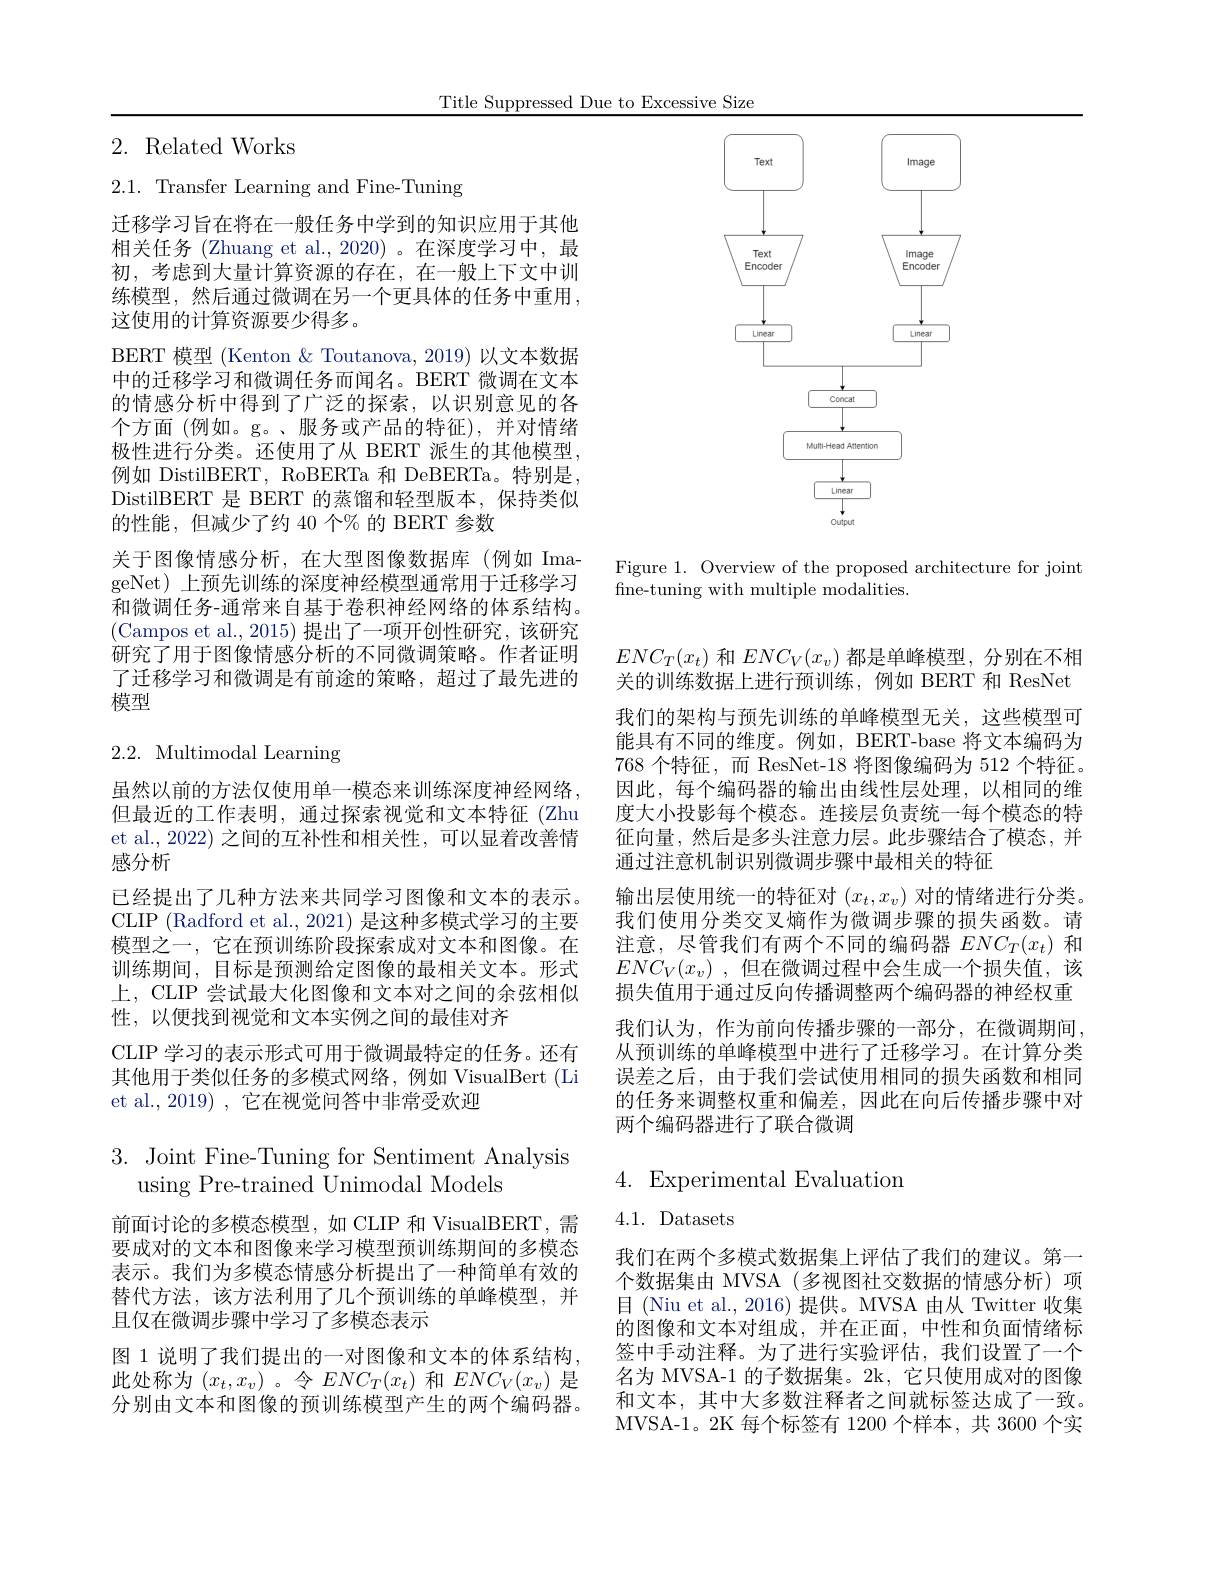
Title Suppressed Due to Excessive Size

## 2. Related Works

2.1. Transfer Learning and Fine-Tuning

迁移学习旨在将在一般任务中学到的知识应用于其他相关任务 (Zhuang et al.,2020) 。在深度学习中，最初，考虑到大量计算资源的存在，在一般上下文中训练模型，然后通过微调在另一个更具体的任务中重用， 这使用的计算资源要少得多。
BERT 模型 (Kenton & Toutanova, 2019) 以文本数据中的迁移学习和微调任务而闻名。BERT 微调在文本的情感分析中得到了广泛的探索，以识别意见的各个方面(例如。g。、服务或产品的特征),并对情绪极性进行分类。还使用了从 BERT 派生的其他模型， 例如 DistilBERT, RoBERTa 和 DeBERTa。特别是， DistilBERT 是 BERT 的蒸馏和轻型版本，保持类似的性能，但减少了约 40 个% 的 BERT 参数
关于图像情感分析，在大型图像数据库(例如 ImageNet) 上预先训练的深度神经模型通常用于迁移学习和微调任务-通常来自基于卷积神经网络的体系结构。(Campos et al.,2015) 提出了一项开创性研究，该研究研究了用于图像情感分析的不同微调策略。作者证明了迁移学习和微调是有前途的策略，超过了最先进的模型

# 2.2. Multimodal Learning

虽然以前的方法仅使用单一模态来训练深度神经网络， 但最近的工作表明，通过探索视觉和文本特征(Zhu et al., 2022) 之间的互补性和相关性，可以显着改善情感分析
已经提出了几种方法来共同学习图像和文本的表示。CLIP (Radford et al., 2021) 是这种多模式学习的主要模型之一，它在预训练阶段探索成对文本和图像。在训练期间，目标是预测给定图像的最相关文本。形式上，CLIP 尝试最大化图像和文本对之间的余弦相似性，以便找到视觉和文本实例之间的最佳对齐
CLIP 学习的表示形式可用于微调最特定的任务。还有其他用于类似任务的多模式网络，例如 VisualBert (Li et al., 2019) , 它在视觉问答中非常受欢迎

## 3. Joint Fine-Tuning for Sentiment Analysis using Pre-trained Unimodal Models

前面讨论的多模态模型，如 CLIP 和 VisualBERT, 需要成对的文本和图像来学习模型预训练期间的多模态表示。我们为多模态情感分析提出了一种简单有效的替代方法，该方法利用了几个预训练的单峰模型，并且仅在微调步骤中学习了多模态表示
图 1 说明了我们提出的一对图像和文本的体系结构， 此处称为$(x_t,x_v)$ 。令$ENC_T(x_t)$和$ENC_V(x_v)$是分别由文本和图像的预训练模型产生的两个编码器。

<FigureHere>

Figure 1. Overview of the proposed architecture for joint
fne-tuning with multiple modalities.

$ENC_T(x_t)$和$ENC_V(x_v)$都是单峰模型，分别在不相关的训练数据上进行预训练，例如 BERT 和 ResNet 我们的架构与预先训练的单峰模型无关，这些模型可能具有不同的维度。例如，BERT-base 将文本编码为768 个特征，而 ResNet-18 将图像编码为 512 个特征。因此，每个编码器的输出由线性层处理，以相同的维度大小投影每个模态。连接层负责统一每个模态的特征向量，然后是多头注意力层。此步骤结合了模态，并通过注意机制识别微调步骤中最相关的特征
输出层使用统一的特征对$(x_t,x_v)$对的情绪进行分类。我们使用分类交叉熵作为微调步骤的损失函数。请注意，尽管我们有两个不同的编码器$ENC_T(x_t)$和$ENC_V( x_v)$ ,但在微调过程中会生成一个损失值，该损失值用于通过反向传播调整两个编码器的神经权重
我们认为，作为前向传播步骤的一部分，在微调期间， 从预训练的单峰模型中进行了迁移学习。在计算分类误差之后，由于我们尝试使用相同的损失函数和相同的任务来调整权重和偏差，因此在向后传播步骤中对两个编码器进行了联合微调

## 4. Experimental Evaluation

4.1. Datasets

我们在两个多模式数据集上评估了我们的建议。第一个数据集由 MVSA (多视图社交数据的情感分析)项目 (Niu et al., 2016) 提供。MVSA 由从 Twitter 收集的图像和文本对组成，并在正面，中性和负面情绪标签中手动注释。为了进行实验评估，我们设置了一个名为 MVSA-1 的子数据集。2k, 它只使用成对的图像和文本，其中大多数注释者之间就标签达成了一致。MVSA-1。2K 每个标签有 1200 个样本，共 3600 个实